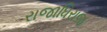
રાજાધિરાજ